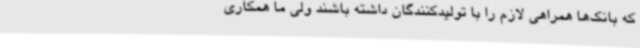
که بانک‌ها همراهی لازم را با تولیدکنندگان داشته باشند ولی ما همکاری